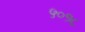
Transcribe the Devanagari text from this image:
५०१८